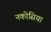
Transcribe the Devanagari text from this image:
नकोसिया